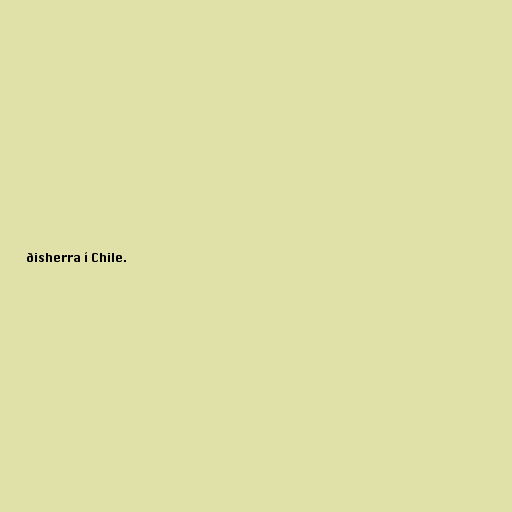
ðisherra í Chile.